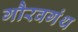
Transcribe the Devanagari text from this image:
गौरवगंथ